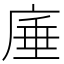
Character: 𭙣